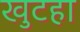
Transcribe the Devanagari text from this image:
खुटहा